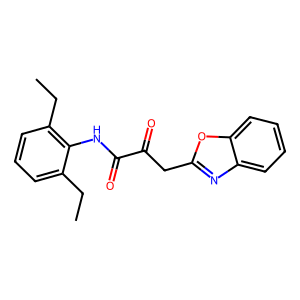
SMILES: CCc1cccc(CC)c1NC(=O)C(=O)Cc1nc2ccccc2o1
Inhibits HIV replication: No